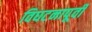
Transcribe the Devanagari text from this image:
विघटनापूर्वी